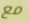
مع